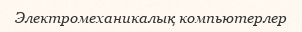
Электромеханикалық компьютерлер